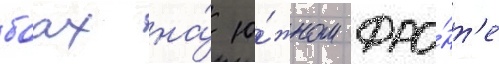
боах на́ ю́жном фро́нт'е